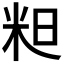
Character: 𮇇